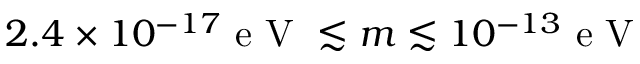
2 . 4 \times 1 0 ^ { - 1 7 } \mathrm { ~ e ~ V ~ } \lesssim m \lesssim 1 0 ^ { - 1 3 } \mathrm { ~ e ~ V ~ }